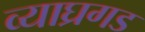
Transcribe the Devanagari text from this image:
व्याघ्रगड